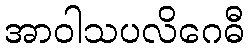
အာဝါသပလိဂေဓီ